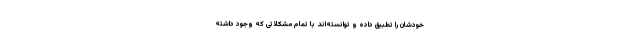
خودشان را تطبیق داده‌ و توانسته‌اند با تمام مشکلاتی که وجود داشته